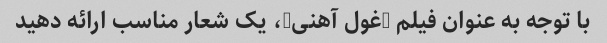
با توجه به عنوان فیلم "غول آهنی"، یک شعار مناسب ارائه دهید